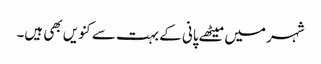
شہر میں میٹھے پانی کے بہت سے کنویں بھی ہیں۔